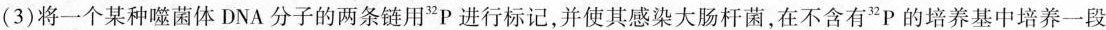
(3)将一个某种噬菌体DNA分子的两条链用^{32}P进行标记，并使其感染大肠杆菌，在不含有^{32}P的培养基中培养一段